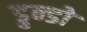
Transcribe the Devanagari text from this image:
डुन्डो